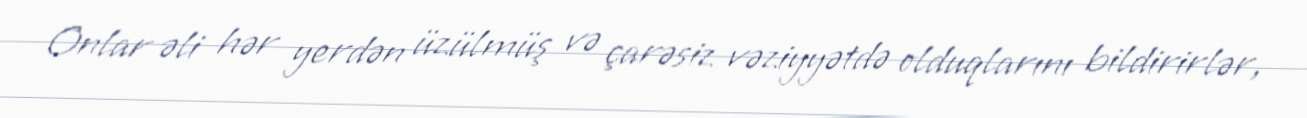
Onlar əli hər yerdən üzülmüş və çarəsiz vəziyyətdə olduqlarını bildirirlər,